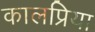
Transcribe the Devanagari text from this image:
कालप्रिया